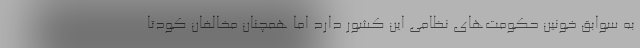
به سوابق خونین حکومت‌های نظامی این کشور دارد اما همچنان مخالفان کودتا